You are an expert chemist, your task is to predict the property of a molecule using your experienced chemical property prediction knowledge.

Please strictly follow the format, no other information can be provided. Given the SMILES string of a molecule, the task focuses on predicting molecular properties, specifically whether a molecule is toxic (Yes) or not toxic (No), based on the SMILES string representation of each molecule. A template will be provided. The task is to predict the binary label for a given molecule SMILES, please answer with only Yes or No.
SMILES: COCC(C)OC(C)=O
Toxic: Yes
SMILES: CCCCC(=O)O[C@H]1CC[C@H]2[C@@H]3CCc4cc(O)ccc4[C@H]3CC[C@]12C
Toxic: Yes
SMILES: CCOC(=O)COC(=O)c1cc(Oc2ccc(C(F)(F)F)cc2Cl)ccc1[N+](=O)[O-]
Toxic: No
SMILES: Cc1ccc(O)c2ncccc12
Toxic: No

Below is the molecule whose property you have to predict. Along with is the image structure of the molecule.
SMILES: O=C(c1cc2ccccc2o1)N1CCN(Cc2ccccc2)CC1
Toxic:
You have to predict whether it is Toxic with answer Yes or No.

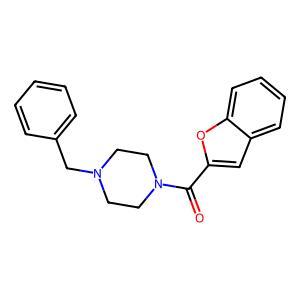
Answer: No